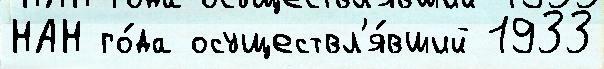
НАН го́да осуществл'я́вший 1933